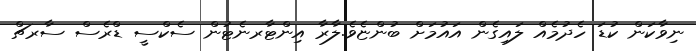
ނިވާކަން ކުޑަ ހެދުމެއް ލައިގެން އައުމަށް ބުންޏެވެ.ލާރާ އިންޓާރނެޓުން ސެކްސީ ޑްރެސް ސާރޗް